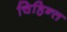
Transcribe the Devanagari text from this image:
चिहिन्त